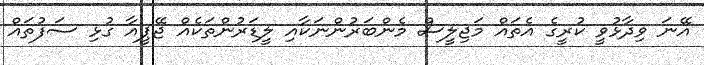
އޭނަ ވިދާޅުވީ ކުރީގެ އެތައް މަޖިލީސް މެންބަރުންނަކާއި ލީޑަރުންތަކެއް ޖޭޕީއާ ގުޅި ސަފުތައް